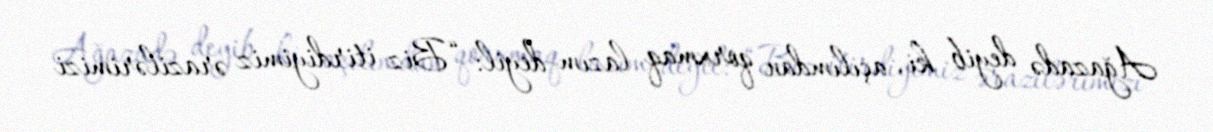
Ağazadə deyib ki, açılımdan qorxmaq lazım deyil: “Biz itirdiyimiz ərazilərimizi